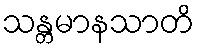
သန္တမာနသာတိ